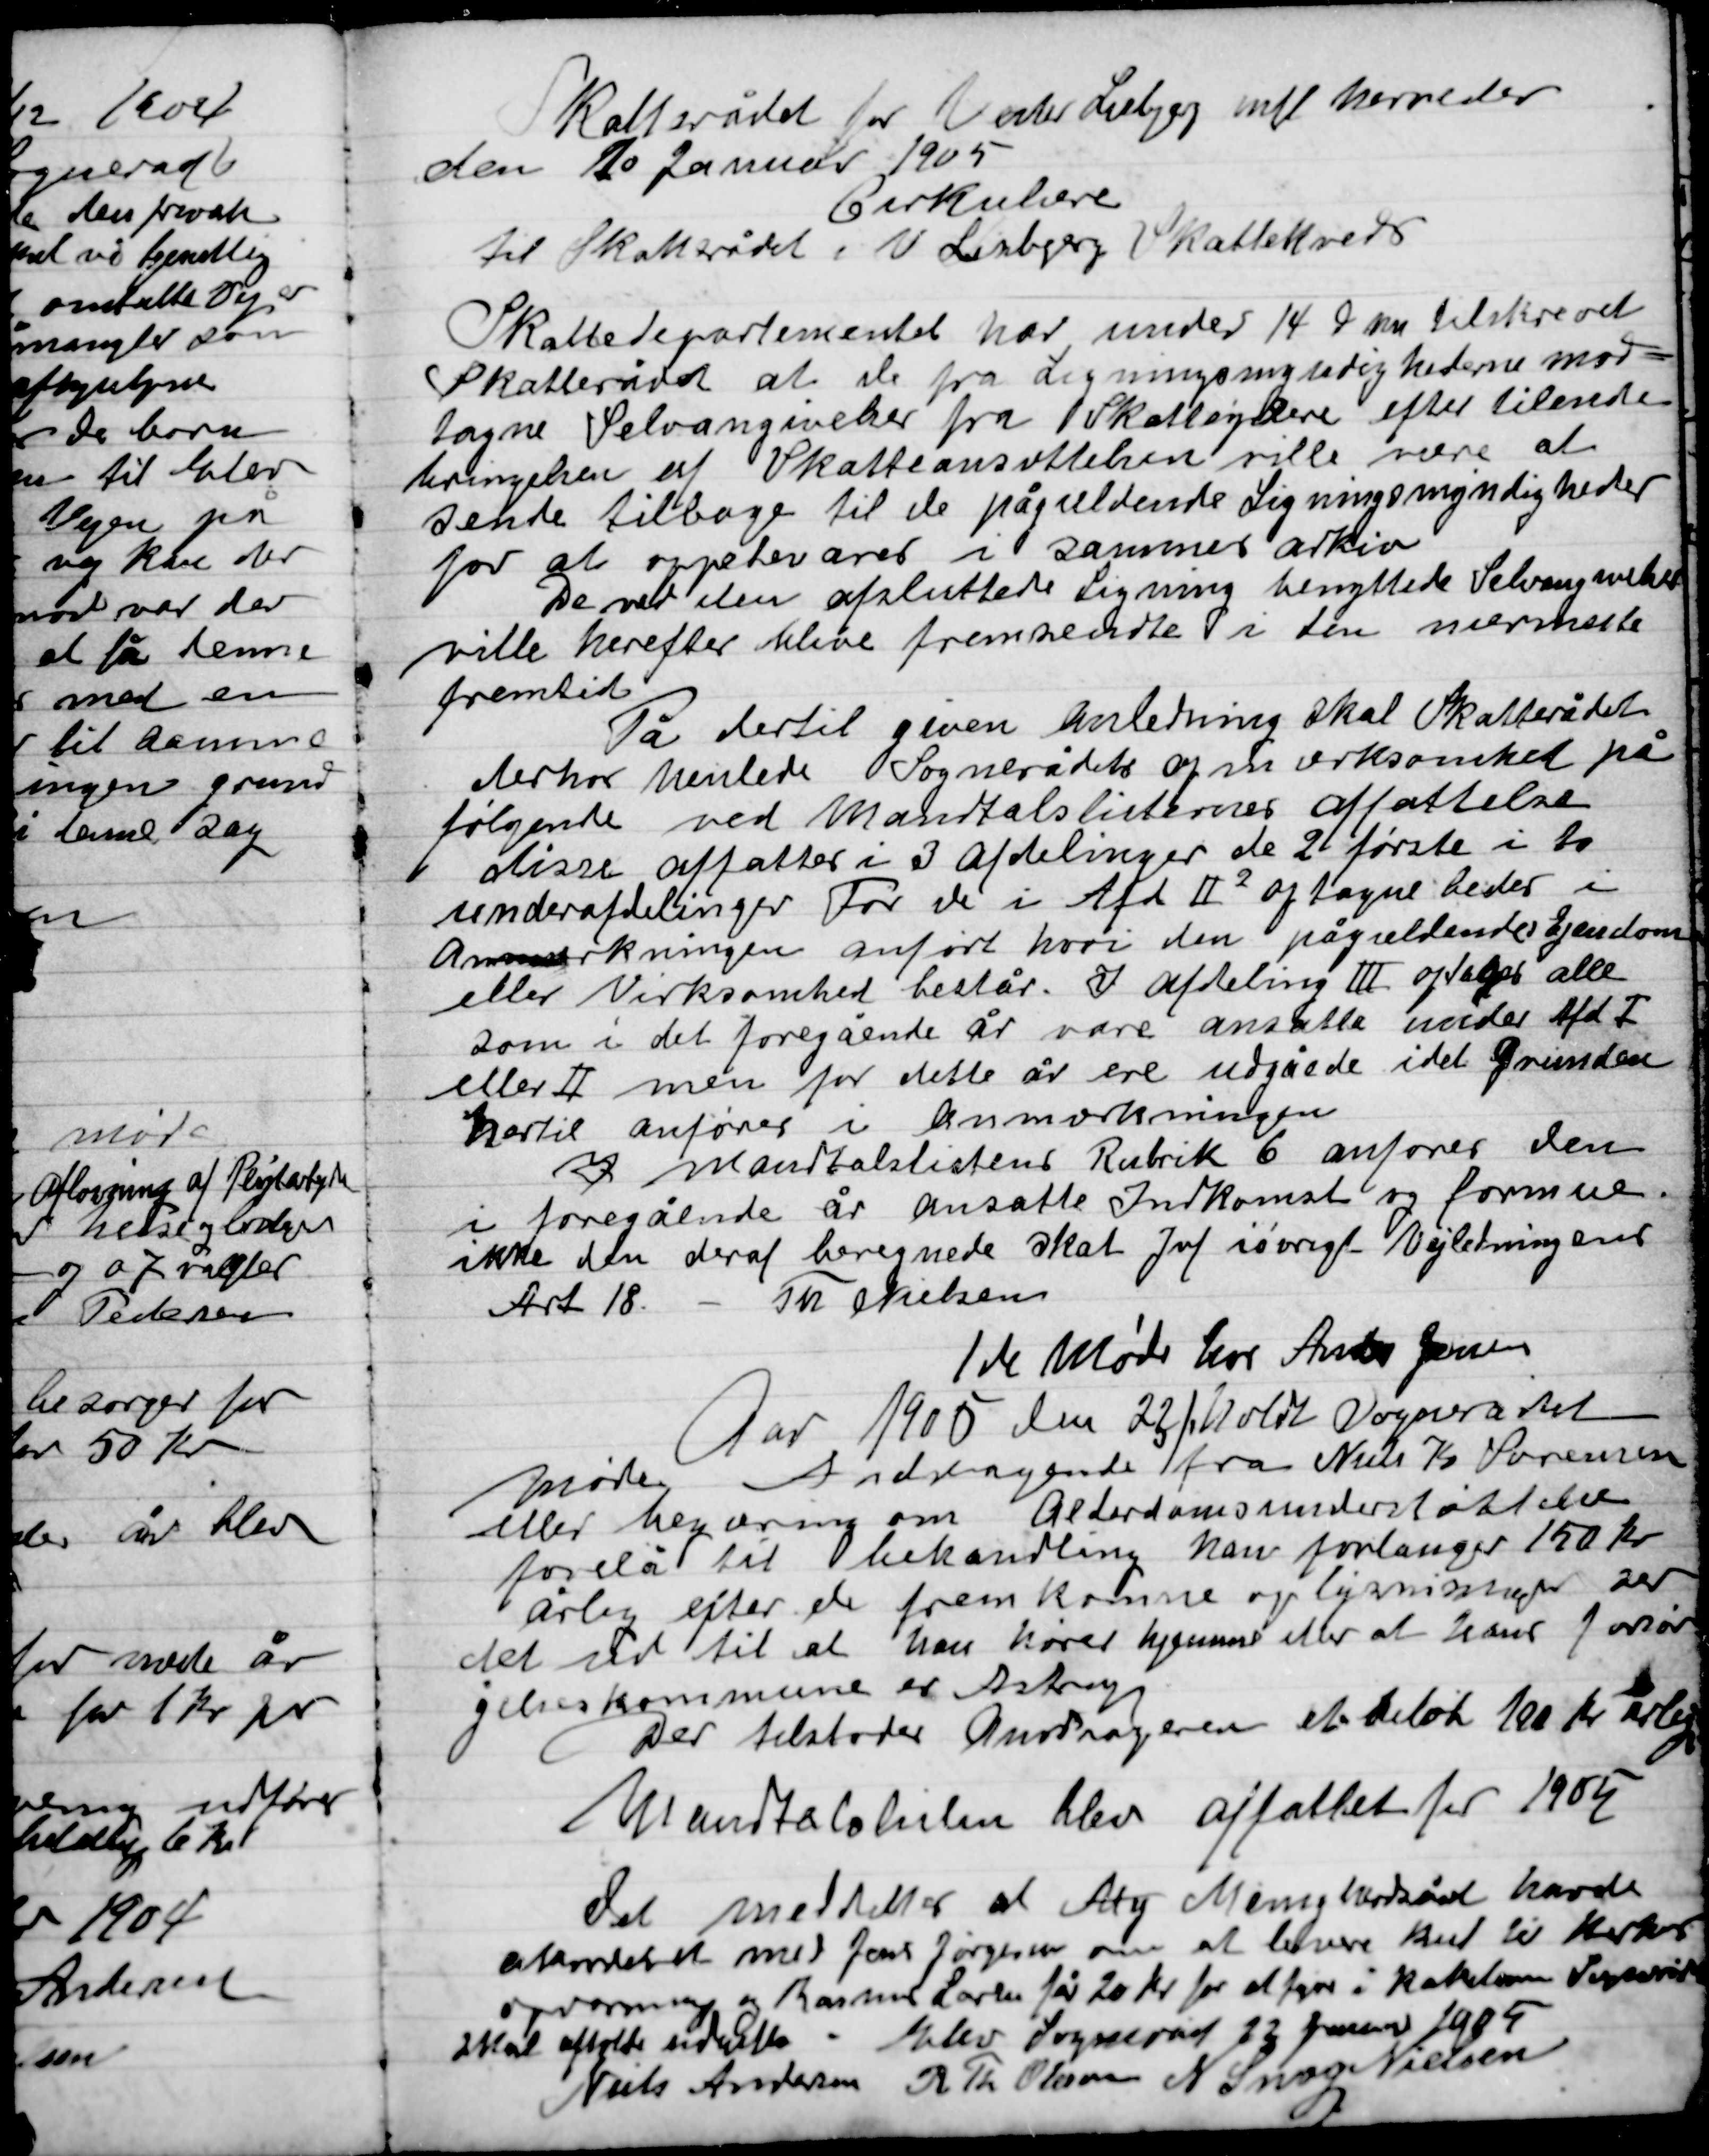
Transskription:
Skatteråd for Vester Lisbjerg mfl. Herreder
Den 20 Januar 1905
Cirkulære
Til Skatterådet i V. Lisbjerg Skattekreds
Skattedepartementet har under 14 d. m. tilskrevet
Skatterådet at de fra  Ligningsmyndighederne mod-
tagne Selvangivelse fra Skatteydere efter tilsendte
betingelser af Skatteansættelsen ville være at
sende tilbage til de pågældende Ligningsmyndigheder
for at oppebevares i sammes arkiv
De ved den afsluttede Ligning benyttede selvangivelser
ville herefter blive fremsendte i den nærmeste
fremtid.
På dertil given Anledning skal Skatterådet
derpå henlede Sognerådets opmærksomhed på
Følgende ved mandtals listernes affattelse
disse affattes i 3 afdelinger de 2 første i to
underafdelinger Fodr de i Afd. II optagne leder i
Anmærkningen anført hvori den pågældende Ejendom
Eller Virksomhed består. I Afdeling III optages alle
Som i det foregående år vare ansatte under Afd. I
Eller II men for dette år ere udgåede idet Grunden
Hertil anføres i Anmærkningen
I Mantalslistens Rubrik 6 anføres den
I foregående år ansatte Indkomst og formue
Ikke den deraf beregnede skat Jmf i øvrigt Vejledningens
Art 18 – Th. Nielsen

1de Møde hos Anders Jensen
Aar 1905 den 22/1 holdt Sognerådet
Møde Andragende fra Niels Kr. Sørensen
Eller begæring om Alderdomsunderstøttelse
forelå til behandling han forlanger 150 Kr.
årlig efter de fremkomne oplysninger ser
det ud  til at han hører hjemme eller at hans forsø-
gelses kommune er Astrup
Det tilstodes Andrageren et beløb 100 Kr. Årlig
Mantalslisten blev affattet for 1905

Det meddeltes at Aty Menighedsråd havde
Akkorderet med Jens Jørgensen om at levere kul til Kirkens
opvarmning og Rasmus Larsen får 20 Kr. for at fyre i kakkelovnen Sognerådet
Skal afholdes underrettet.

Elev Sogneråd 22 Januar 1905

Niels Andersen
R. Th. Olsen
N. Snog Nielsen